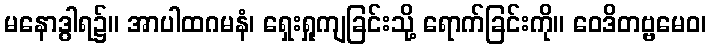
မနောဒွါရ၌။ အာပါထဂမနံ၊ ရှေးရှုကျခြင်းသို့ ရောက်ခြင်းကို။ ဝေဒိတဗ္ဗမေဝ၊